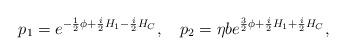
LaTeX: \begin{align*}p_{1}=e^{-{1\over2}\phi+ {i\over 2}H_{1}- {i\over2} H_{C}},\quad p_{2}=\eta b e^{{3\over2}\phi+{i \over2}H_{1}+{i\over2}H_{C}},\end{align*}